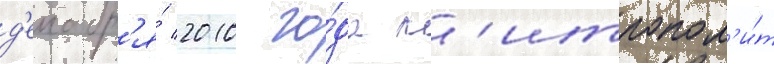
д'екабр'я́ 2010 го́да м'итропол'и́т